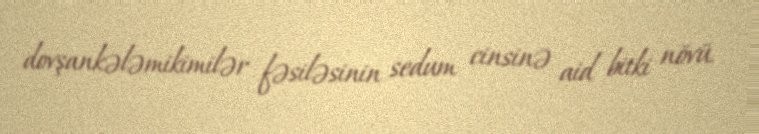
dovşankələmikimilər fəsiləsinin sedum cinsinə aid bitki növü.